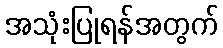
အသုံးပြုရန်အတွက်